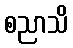
စညာသိ